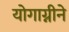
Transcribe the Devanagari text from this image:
योगाग्नीने